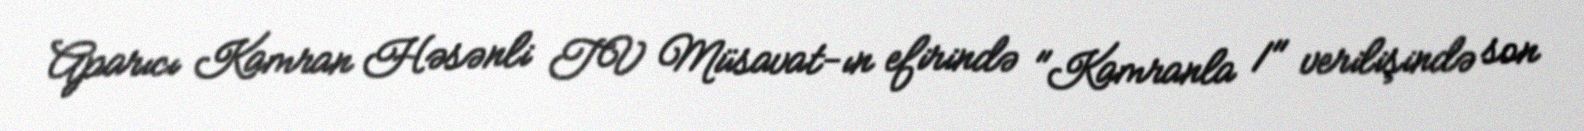
Aparıcı Kamran Həsənli TV Müsavat-ın efirində "Kamranla 1" verilişində son